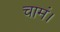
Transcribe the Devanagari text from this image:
चामं।